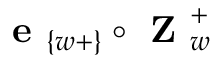
\textbf { e } _ { \{ w + \} } \circ \textbf { Z } _ { w } ^ { + }